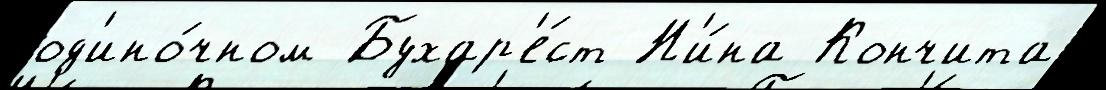
од'ино́чном Бухар'е́ст Н'и́на Кончита